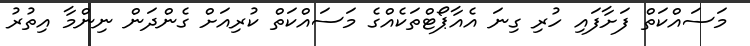
މަސައްކަތް ފަށާފައި ހުރި ގިނަ އެއާޕޯޓްތަކެއްގެ މަސައްކަތް ކުރިއަށް ގެންދަން ނިންމާ އިތުރު